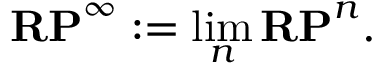
\mathbf { R P } ^ { \infty } : = \operatorname* { l i m } _ { n } \mathbf { R P } ^ { n } .